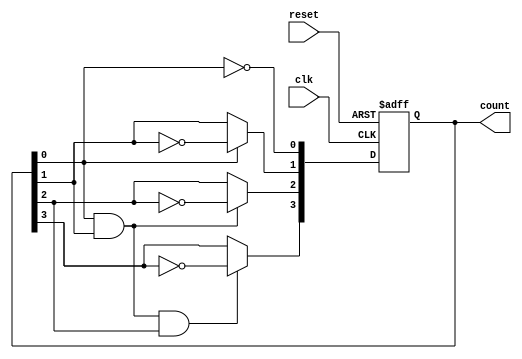
module async_counter #(parameter N = 4) (
    input wire clk,          // Clock input
    input wire reset,        // Asynchronous reset
    output reg [N-1:0] count // N-bit counter output
);

// Asynchronous reset and counting logic
always @(posedge clk or posedge reset) begin
    if (reset) begin
        count <= 0; // Reset the counter to 0
    end else begin
        // Counting logic for T flip-flops
        count[0] <= ~count[0]; // Toggle the least significant bit
        count[1] <= count[0] ? ~count[1] : count[1]; // Toggle on count[0] transition
        count[2] <= (count[0] & count[1]) ? ~count[2] : count[2]; // Toggle on count[1] transition
        count[3] <= (count[0] & count[1] & count[2]) ? ~count[3] : count[3]; // Toggle on count[2] transition
        // Extend this pattern for more bits if N > 4
    end
end

endmodule